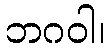
ဘဂဝါ၊